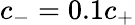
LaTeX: {c_{-}=0.1c_{+}}